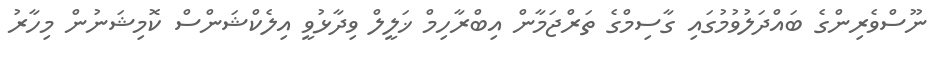
ނޫސްވެރިންގެ ބައްދަލުވުމުގައި ގާސިމްގެ ތަރްޖަމާން އިބްރާހިމް ޚަލީލް ވިދާޅުވީ އިލެކްޝަންސް ކޮމިޝަނުން މިހާރު